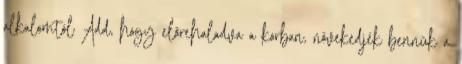
alkalomtól Add, hogy előrehaladva a korban, növekedjék bennük a